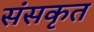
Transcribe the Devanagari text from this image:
संसकृत